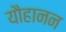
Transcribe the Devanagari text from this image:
यौहानन